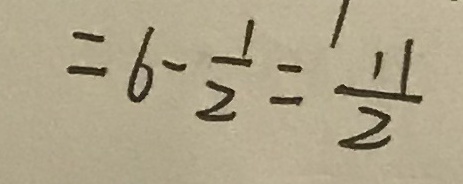
= 6 - \frac { 1 } { 2 } = \frac { 1 1 } { 2 }